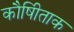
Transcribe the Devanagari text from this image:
कौषीिताक